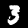
Digit: 3